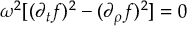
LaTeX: \omega ^ { 2 } [ ( \partial _ { t } f ) ^ { 2 } - ( \partial _ { \rho } f ) ^ { 2 } ] = 0